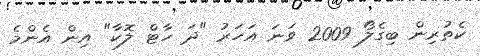
ކެތުރިން ބިގެލޯ 2009 ވަނަ އަހަރު "ދަ ހާޓް ލޮކާ" އިން އެންމެ